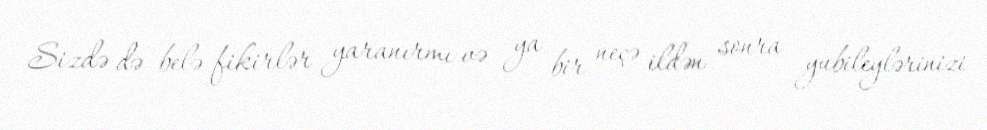
Sizdə də belə fikirlər yaranırmı və ya bir neçə ildən sonra yubileylərinizi